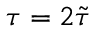
\tau = 2 \tilde { \tau }